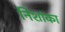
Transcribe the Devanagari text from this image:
निशांका